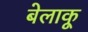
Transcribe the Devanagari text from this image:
बेलाकू